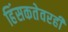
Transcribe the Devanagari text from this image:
हिंसकतेवरही